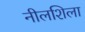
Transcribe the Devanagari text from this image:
नीलशिला